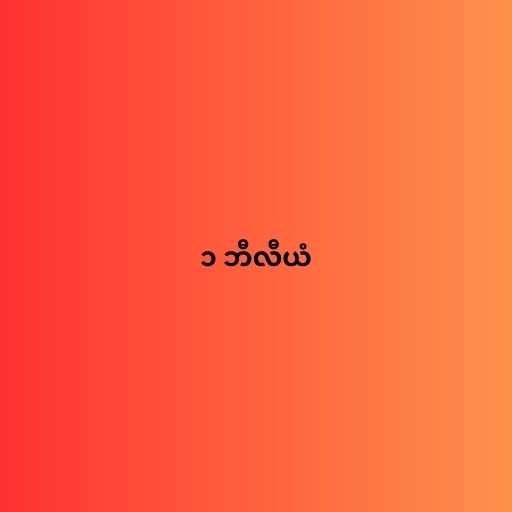
၁ ဘီလီယံ